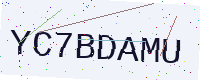
Text: YC7BDAMU